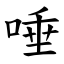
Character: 唾